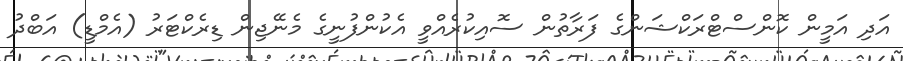
އަދި އަމީން ކޮންސްޓްރަކްޝަންގެ ފަރާތުން ސޮއިކުރެއްވީ އެކުންފުނީގެ މެނޭޖިން ޑިރެކްޓަރު (އެމްޑީ) އަބްދު